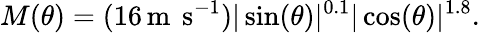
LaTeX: M(\theta)=(16\, \textrm{m\, s}^{-1})\vert\sin(\theta)\vert^{0.1}\vert\cos(\theta)\vert^{1.8}.